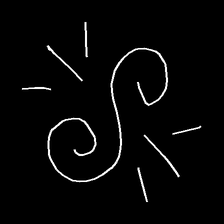
Glyph: wind-directs-air